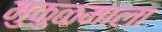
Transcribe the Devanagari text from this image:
मुकुळमाला